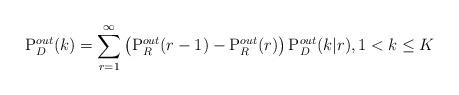
LaTeX: \begin{align*}{\rm{P}}_D^{out}(k) = \sum\limits_{r = 1}^\infty {\left( {{\rm{P}}_R^{out}(r - 1) - {\rm{P}}_R^{out}(r)} \right){\rm{P}}_D^{out}(k|r)} , 1 < k \le K\end{align*}